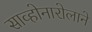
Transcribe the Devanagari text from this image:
साव्होनारोलाने